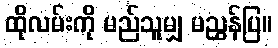
ထိုလမ်းကို မည်သူမျှ မညွှန်ပြ။